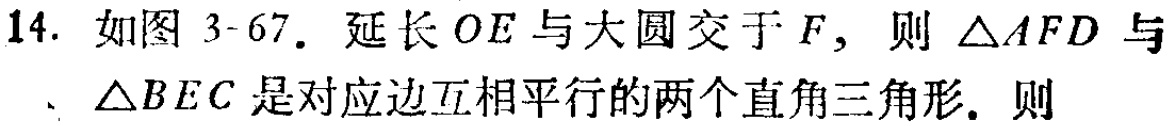
14. 如图 3-67. 延长 \(OE\) 与大圆交于 \(F\)，则 \(\triangle AFD\) 与 \(\triangle BEC\) 是对应边互相平行的两个直角三角形. 则